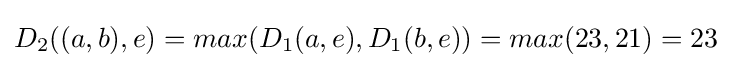
D_{2}((a,b),e)=max(D_{1}(a,e),D_{1}(b,e))=max(23,21)=23